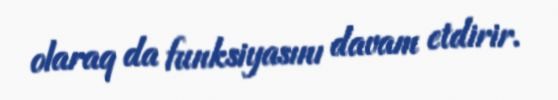
olaraq da funksiyasını davam etdirir.